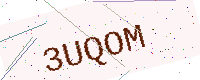
Text: 3UQOM